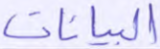
البيانات